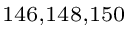
^ { 1 4 6 , 1 4 8 , 1 5 0 }